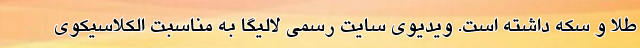
طلا و سکه داشته است. ویدیوی سایت رسمی لالیگا به مناسبت الکلاسیکوی